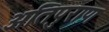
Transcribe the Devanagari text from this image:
अतिपुराण